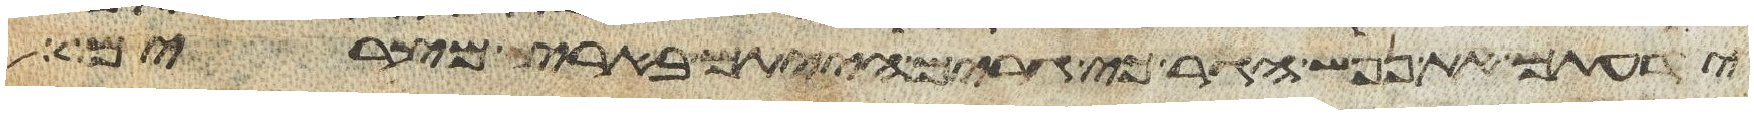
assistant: ידעתם את נפש הגר כי גרים הייתם בארץ מצרים